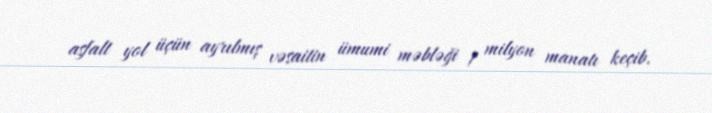
asfalt yol üçün ayrılmış vəsaitin ümumi məbləği 1 milyon manatı keçib.